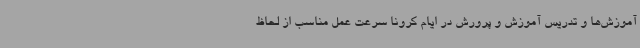
آموزش‌ها و تدریس آموزش و پرورش در ایام کرونا سرعت عمل مناسب از لحاظ